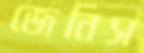
জেনিস